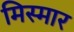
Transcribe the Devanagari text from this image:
मिस्मार